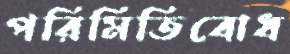
পরিমিতিবোধ